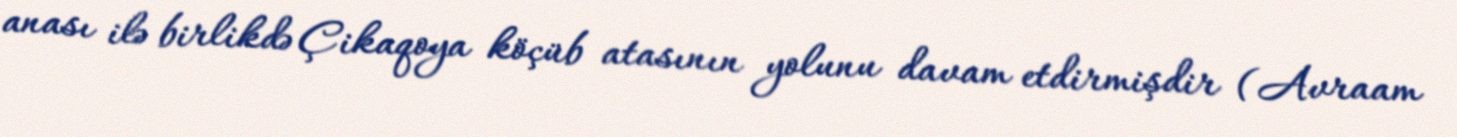
anası ilə birlikdə Çikaqoya köçüb atasının yolunu davam etdirmişdir (Avraam